Report on vaccination in Madras 1895-1903 - 1895-1903
Year: 1895
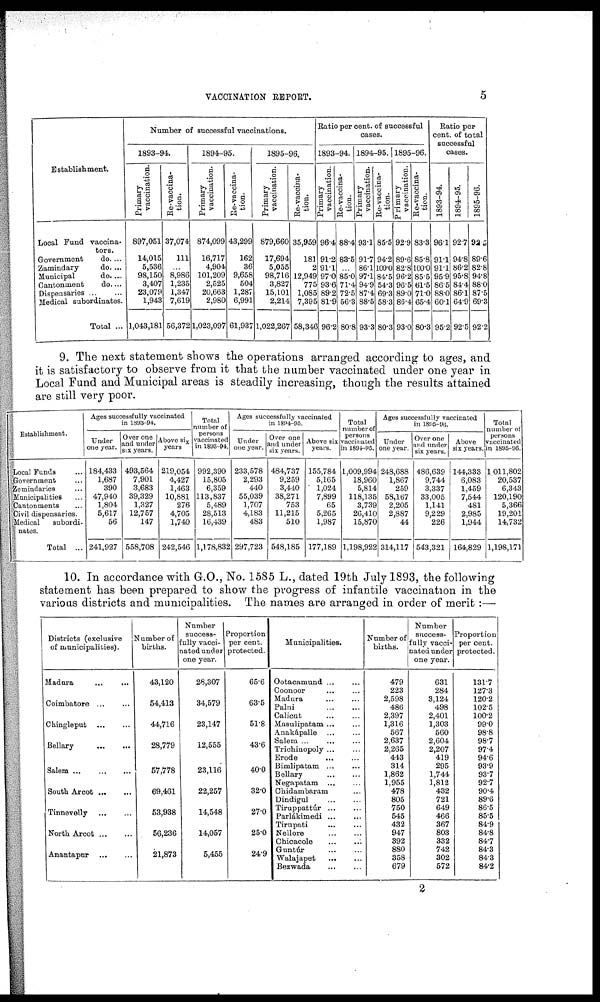
VACCINATION REPORT.
5
Establishment.
Local Fund vaccina-
tors.
Government
do. ...
Zamindary
do. ...
Municipal
do. ...
Cantonment
do. ...
Dispensaries
...
...
Medical subordinates.
Total ...
Number of successful vaccinations.
1893-94.
Primary
vaccination.
897,051
14,015
5,536
98,150
3,407
23,079
1,943
1,043,181
Re-vaccina-
tion.
37,074
111
...
8,986
1,235
1,347
7,619
56,372
1894-95.
Primary
vaccination.
874,099
16,717
4,904
101,209
2,525
20,663
2,980
1,023,097
Re-vaccina-
tion.
43,299
162
36
9,658
504
1,287
6,991
61,937
1895-96.
Primary
vaccination.
879,660
17,694
5,055
98,716
3,827
15,101
2,214
1,022,267
Re-vaccina-
tion.
35,959
181
2
12,949
775
1,085
7,395
58,346
Ratio per cent. of successful
cases.
1893-94.
Primary
vaccination.
96.4
91.2
91.1
97.0
93.6
89.2
81.9
96.2
Re-vaccina-
tion.
88.4
83.5
...
85.0
71.4
72.5
56.3
80.8
1894-95.
Primary
vaccination.
93.1
91.7
86.1
97.1
94.9
87.4
88.5
93.3
Re-vaccina-
tion.
85.5
94.2
100.0
84.5
54.3
69.3
58.3
80.3
1895-96.
Primary
vaccination.
92.9
89.6
82.8
96.2
96.5
89.0
86.4
93.0
Re-vaccina-
tion.
83.3
85.8
100.0
85.5
61.5
71.0
65.4
80.3
Ratio per
cent. of total
successful
cases.
1893-94.
96.1
91.1
91.1
95.9
86.5
88.0
60.1
95.2
1894-95.
92.7
94.8
86.2
95.8
84.4
86.1
64.9
92.5
1895-96.
92.5
896
82.8
94.8
88.0
87.5
69.3
92.2
9. The next statement shows the operations arranged according to ages, and
it is satisfactory to observe from it that the number vaccinated under one year in
Local Fund and Municipal areas is steadily increasing, though the results attained
are still very poor.
Establishment.
Local Funds ...
Government ...
Zemindaries ...
Municipalities ...
Cantonments ...
Civil dispensaries.
Medical
subordi-
nates.
Total ...
Ages successfully vaccinated
in 1893-94.
Under
one year.
184,433
1,687
390
47,940
1,804
5,617
56
241,927
Over one
and under
six years.
493,564
7,901
3,683
39,329
1,327
12,757
147
558,708
Above six
years
219,054
4,427
1,463
10,881
276
4,705
1,740
242,546
Total
number of
persons
vaccinated
in 1893-94.
992,390
15,805
6,359
113,837
5,489
28,513
16,439
1,178,832
Ages successfully vaccinated
in 1894-95.
Under
one year.
233,578
2,293
440
55,039
1,707
4,183
483
297,723
Over one
and under
six years.
484,737
9,259
3,440
38,271
753
11,215
510
548,185
Above six
years.
155,784
5,165
1,024
7,899
65
5,265
1,987
177,189
Total
number of
persons
vaccinated
in 1894-95.
1,009,994
18,960
5,814
118,135
3,739
26,410
15,870
1,198,922
Ages successfully vaccinated
in 1895-90.
Under
one year.
248,688
1,867
259
58,167
2,205
2,887
44
314,117
Over one
and under
six years.
486,639
9,744
3,337
33,005
1,141
9,229
226
543,321
Above
six years.
144,333
6,083
1,459
7,544
481
2,985
1,944
164,829
Total
number of
persons
vaccinated
in 1895-96.
1,011,802
20,537
6,343
120,190
5,366
19,201
14,732
1,198,171
10. In accordance with G.O., No. 1585 L., dated 19th July 1893, the following
statement has been prepared to show the progress of infantile vaccination in the
various districts and municipalities. The names are arranged in order of merit:—
Districts (exclusive
of municipalities).
Madura
...
...
Coimbatore
...
...
Chingleput ... ...
Bellary
...
...
Salem
...
...
...
South Arcot ... ...
Tinnevelly
...
...
North Axcot
...
...
Anantapur
...
...
Number of
births.
43,120
54,413
44,716
28,779
57,778
69,461
53,938
56,236
21,873
Number
success-
fully vacci-
nated under
one year.
28,307
34,579
23,147
12,555
23,116
22,257
14,548
14,057
5,455
Proportion
per cent.
protected.
65.6
63.5
51.8
43.6
40.0
320
27.0
25.0
24.9
Municipalities.
Ootacamund ... ...
Coonoor ... ...
Madura ... ...
Palni
...
...
Calicut ... ...
Masulipatam ... ...
Anakápalle ... ...
Salem ... ... ...
Trichinopoly
...
...
Erode
...
...
Bimlipatam
...
...
Bellary
...
...
Negapatam ... ...
Chidambaram ...
Dindigul
...
...
Tiruppattúr
...
...
Parlákimedi
...
...
Tirupati ... ...
Nellore
...
...
Chicacole
...
...
Guntúr ... ...
Walajapet
...
...
Bezwada
...
...
Number of
births.
479
223
2,598
486
2,397
1,316
567
2,637
2,265
443
314
1,862
1,955
478
805
750
545
432
947
392
880
358
679
Number
success-
fully vacci-
nated under
one year.
631
284
3,124
498
2,401
1,303
560
2,604
2,207
419
295
1,744
1,812
432
721
649
466
367
803
332
742
302
572
Proportion
per cent.
protected.
131.7
127.3
120.2
102.5
100.2
99.0
98.8
98.7
97.4
94.6
93.9
93.7
92.7
90.4
89.6
86.5
85.5
84.9
84.8
84.7
84.3
84.3
84.2
2